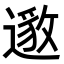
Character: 𮟅